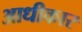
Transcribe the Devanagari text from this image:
आधीकार